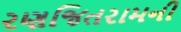
રણજિતરામની